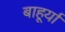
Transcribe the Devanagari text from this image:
बाहूर्या